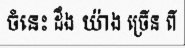
ចំនេះ ដឹង យ៉ាង ច្រើន ពី